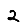
Digit: 2